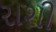
રાશી